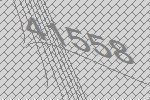
41558